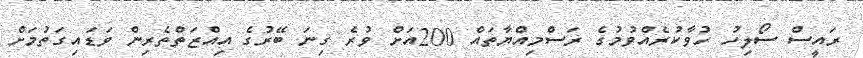
ރައީސް ސޯލިހު ހުވާކުރެއްވުމުގެ ރަސްމިއްޔާތައް 200އަށް ވުރެ ގިނަ ބޭރުގެ އިއްޒަތްތެރިން ވަޑައިގަތުމަށް